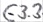
Text: E3.3